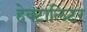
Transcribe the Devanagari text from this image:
हेक्टालिटर